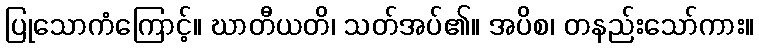
ပြုသောကံကြောင့်။ ဃာတီယတိ၊ သတ်အပ်၏။ အပိစ၊ တနည်းသော်ကား။